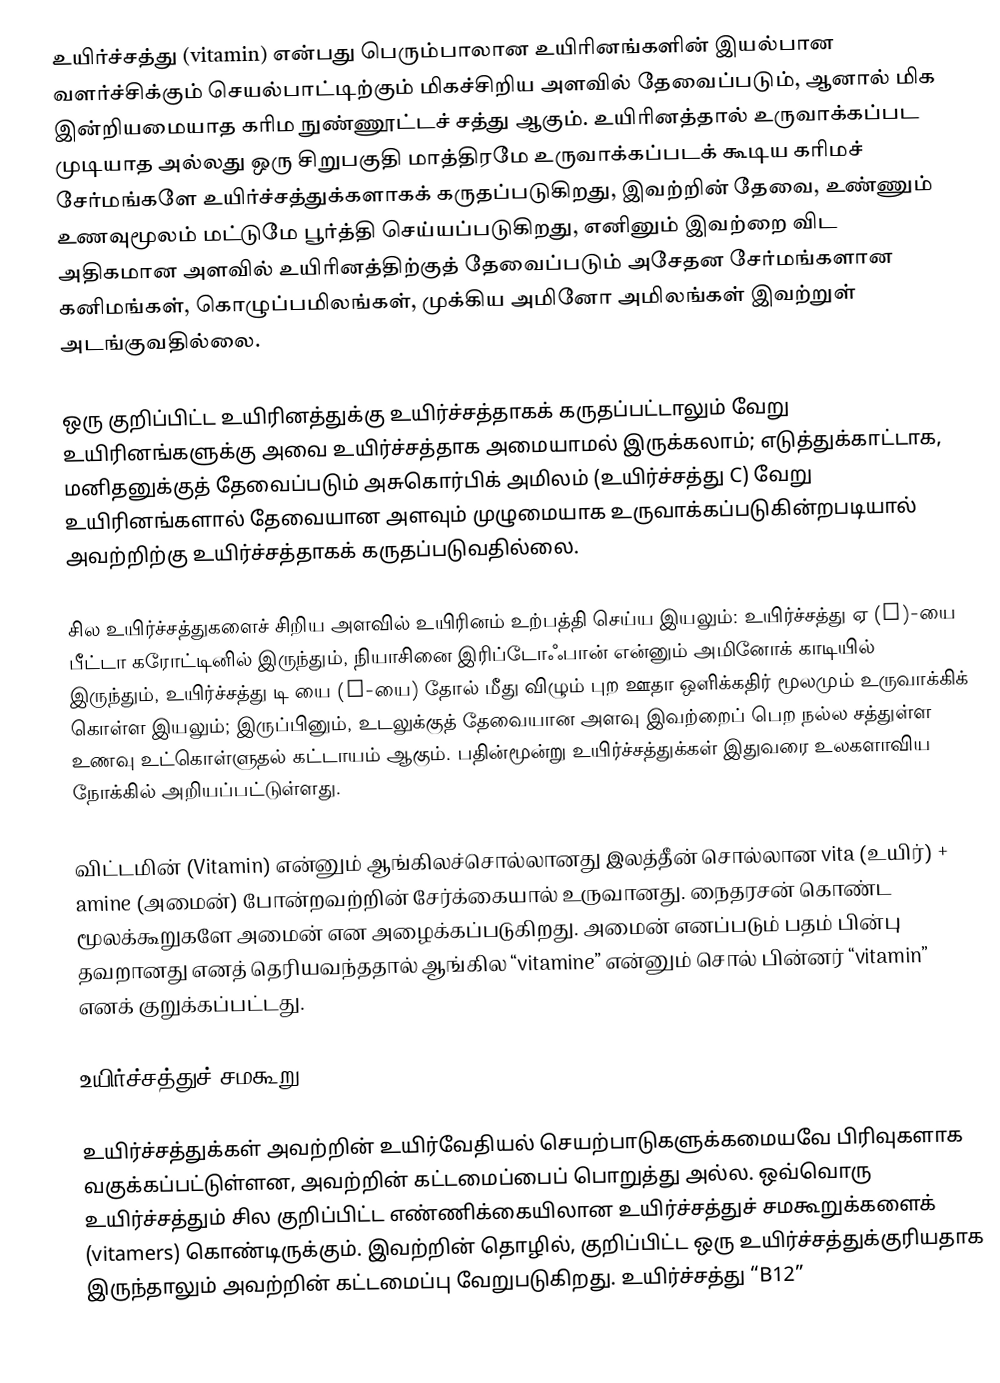
உயிர்ச்சத்து (vitamin) என்பது பெரும்பாலான உயிரினங்களின் இயல்பான வளர்ச்சிக்கும் செயல்பாட்டிற்கும் மிகச்சிறிய அளவில் தேவைப்படும், ஆனால் மிக இன்றியமையாத கரிம நுண்ணூட்டச் சத்து ஆகும். உயிரினத்தால் உருவாக்கப்பட முடியாத அல்லது ஒரு சிறுபகுதி மாத்திரமே உருவாக்கப்படக் கூடிய கரிமச் சேர்மங்களே உயிர்ச்சத்துக்களாகக் கருதப்படுகிறது, இவற்றின் தேவை, உண்ணும் உணவுமூலம் மட்டுமே பூர்த்தி செய்யப்படுகிறது, எனினும் இவற்றை விட அதிகமான அளவில் உயிரினத்திற்குத் தேவைப்படும் அசேதன சேர்மங்களான கனிமங்கள், கொழுப்பமிலங்கள், முக்கிய அமினோ அமிலங்கள் இவற்றுள் அடங்குவதில்லை.

ஒரு குறிப்பிட்ட உயிரினத்துக்கு உயிர்ச்சத்தாகக் கருதப்பட்டாலும் வேறு உயிரினங்களுக்கு அவை உயிர்ச்சத்தாக அமையாமல் இருக்கலாம்; எடுத்துக்காட்டாக, மனிதனுக்குத் தேவைப்படும் அசுகொர்பிக் அமிலம் (உயிர்ச்சத்து C) வேறு உயிரினங்களால் தேவையான அளவும் முழுமையாக உருவாக்கப்படுகின்றபடியால் அவற்றிற்கு உயிர்ச்சத்தாகக் கருதப்படுவதில்லை.

சில உயிர்ச்சத்துகளைச் சிறிய அளவில் உயிரினம் உற்பத்தி செய்ய இயலும்: உயிர்ச்சத்து ஏ (A)-யை பீட்டா கரோட்டினில் இருந்தும், நியாசினை இரிப்டோஃபான் என்னும் அமினோக் காடியில் இருந்தும், உயிர்ச்சத்து டி யை (D-யை) தோல் மீது விழும் புற ஊதா ஒளிக்கதிர் மூலமும் உருவாக்கிக் கொள்ள இயலும்; இருப்பினும், உடலுக்குத் தேவையான அளவு இவற்றைப் பெற நல்ல சத்துள்ள உணவு உட்கொள்ளுதல் கட்டாயம் ஆகும். பதின்மூன்று உயிர்ச்சத்துக்கள் இதுவரை உலகளாவிய நோக்கில் அறியப்பட்டுள்ளது.

விட்டமின் (Vitamin) என்னும் ஆங்கிலச்சொல்லானது இலத்தீன் சொல்லான vita (உயிர்) + amine (அமைன்) போன்றவற்றின் சேர்க்கையால் உருவானது. நைதரசன் கொண்ட மூலக்கூறுகளே அமைன் என அழைக்கப்படுகிறது. அமைன் எனப்படும் பதம் பின்பு தவறானது எனத் தெரியவந்ததால் ஆங்கில “vitamine” என்னும் சொல் பின்னர் “vitamin” எனக் குறுக்கப்பட்டது.

உயிர்ச்சத்துச் சமகூறு

உயிர்ச்சத்துக்கள் அவற்றின் உயிர்வேதியல் செயற்பாடுகளுக்கமையவே பிரிவுகளாக வகுக்கப்பட்டுள்ளன, அவற்றின் கட்டமைப்பைப் பொறுத்து அல்ல. ஒவ்வொரு உயிர்ச்சத்தும் சில குறிப்பிட்ட எண்ணிக்கையிலான உயிர்ச்சத்துச் சமகூறுக்களைக் (vitamers) கொண்டிருக்கும். இவற்றின் தொழில், குறிப்பிட்ட ஒரு உயிர்ச்சத்துக்குரியதாக இருந்தாலும் அவற்றின் கட்டமைப்பு வேறுபடுகிறது. உயிர்ச்சத்து “B12”